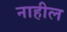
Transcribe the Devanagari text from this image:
नाहील